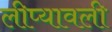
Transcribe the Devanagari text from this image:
लीप्यावली